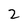
Character: 2